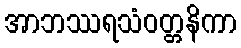
အာဘဿရသံဝတ္တနိကာ